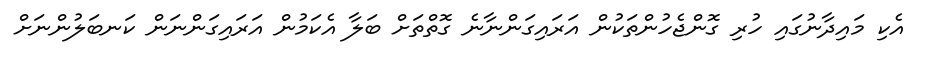
އެކި މައިދާނުގައި ހުރި ގޮންޖެހުންތަކުން އަރައިގަންނާނެ ގޮތްތަށް ބަލާ އެކަމުން އަރައިގަންނަން ކަނބަލުންނަށް